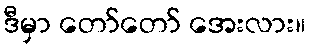
ဒီမှာ တော်တော် အေးလား။